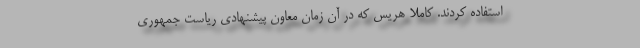
استفاده کردند. کاملا هریس که در آن زمان معاون پیشنهادی ریاست جمهوری